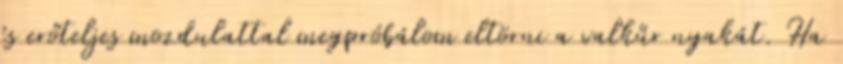
és erőteljes mozdulattal megpróbálom eltörni a valkűr nyakát. Ha